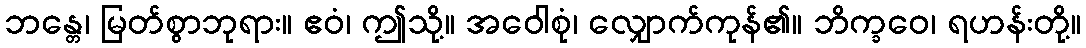
ဘန္တေ၊ မြတ်စွာဘုရား။ ဧဝံ၊ ဤသို့။ အဝေါစုံ၊ လျှောက်ကုန်၏။ ဘိက္ခဝေ၊ ရဟန်းတို့။